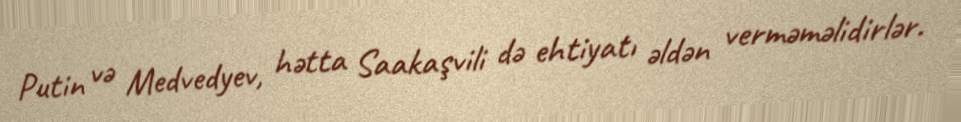
Putin və Medvedyev, hətta Saakaşvili də ehtiyatı əldən verməməlidirlər.